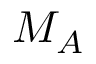
M _ { A }